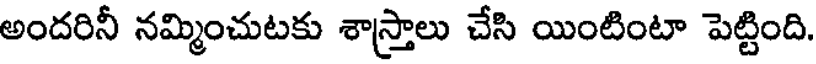
అందరినీ నమ్మించుటకు శాస్త్రాలు చేసి యింటింటా పెట్టింది.